Sketch of the medical history of the native army of Bombay, for the year
Year: 1870
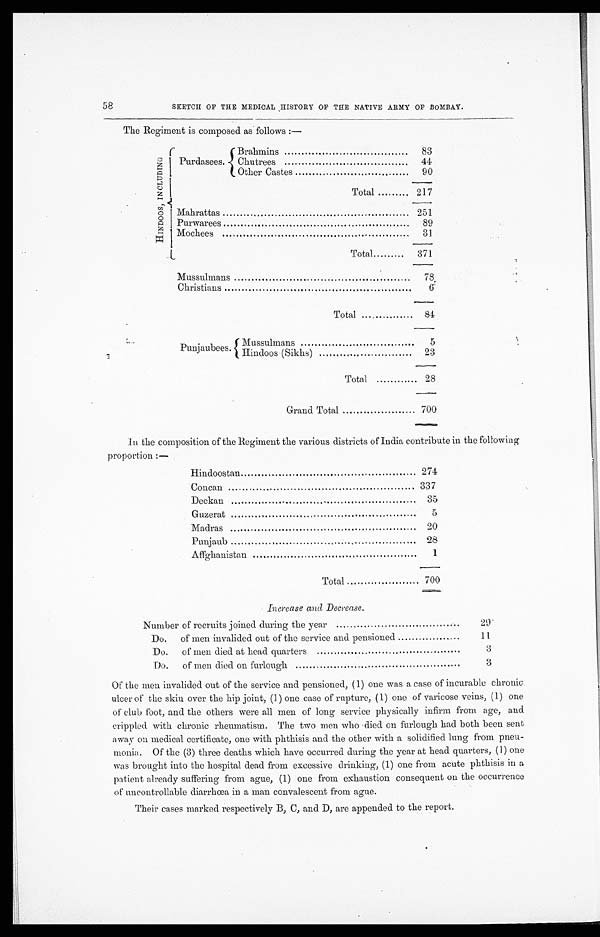
58
SKETCH OF THE MEDICAL HISTORY OF THE NATIVE ARMY OF BOMBAY.
The Regiment is composed as follows:—
H I N D O O S , I N C L U D I N G
P u r d a s e e s .
Barhmins
8 3
Chutrees
4 4
Other Castes
9 0
T o t a l
2 1 7
Maharattas
2 5 1
Purwarees
8 9
Mochees
3 1
T o t a l
3 7 1
Mussulmans
7 8
Christians
6
T o t a l
8 4
Punjaubees.
Mussulmans
5
Hindoos (Sikhs)
2 3
T o t a l
2 8
G r a n d T o t a l
7 0 0
In the composition of the Regiment the various districts of India contribute in the following
proportion:—
Hindoostan
2 7 4
Concan
3 3 7
Deckan
3 5
Guzerat
5
Madras
2 0
Punjaub
2 8
Affghanistan
1
T o t a l
7 0 0
Increase and Decrease.
Number of recruits joined during the year
2 9
Do. of men invalided out of the service and pensioned
1 1
Do. of men died at head quarters
3
Do. of men died on furlough
3
Of the men invalided out of the service and pensioned, (1) one was a case of incurable chronic
ulcer of the skin over the hip joint, (1) one case of rupture, (1) one of varicose veins, (1) one
of club foot, and the others were all men of long service physically infirm from age, and
crippled with chronic rheumatism. The two men who died on furlough had both been sent
away on medical certificate, one with phthisis and the other with a solidified lung from pneu
-monia. Of the (3) three deaths which have occurred during the year at head quarters, (1) one
was brought into the hospital dead from excessive drinking, (1) one from acute phthisis in a
patient already suffering from ague, (1) one from exhaustion consequent on the occurrence
of uncontrollable diarrhœa in a man convalescent from ague.
Their cases marked respectively B, C, and D, are appended to the report.